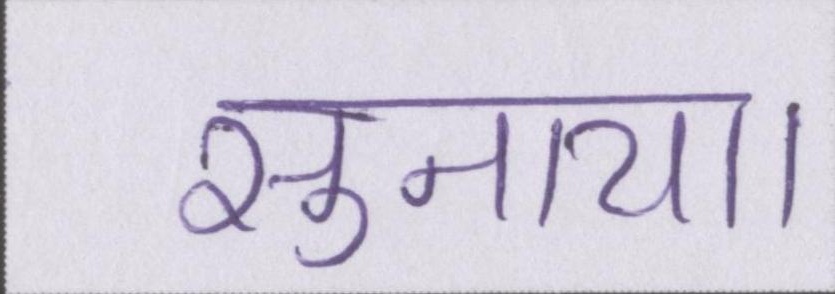
सुनाया।